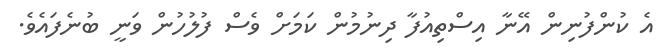
އެ ކުންފުނިން އޭނާ އިސްތިއުފާ ދިނުމުން ކަމަށް ވެސް ފުލުހުން ވަނީ ބުނެފައެވެ.